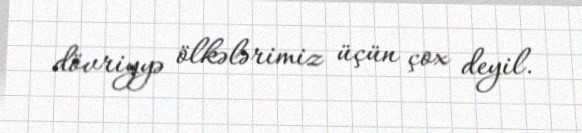
dövriyyə ölkələrimiz üçün çox deyil.